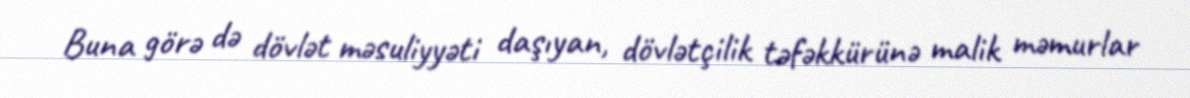
Buna görə də dövlət məsuliyyəti daşıyan, dövlətçilik təfəkkürünə malik məmurlar